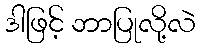
ဒါဖြင့် ဘာပြုလို့လဲ